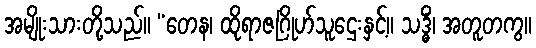
အမျိုးသားတို့သည်။ “တေန၊ ထိုရာဇဂြိုဟ်သူဌေးနှင့်။ သဒ္ဓိံ၊ အတူတကွ။